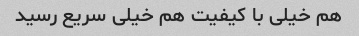
هم خیلی با کیفیت هم خیلی سریع رسید